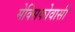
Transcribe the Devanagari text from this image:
मेक्सिकोवासी